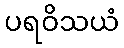
ပရဝိသယံ